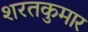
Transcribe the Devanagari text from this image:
शरतकुमार